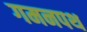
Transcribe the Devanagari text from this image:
गमनपथ